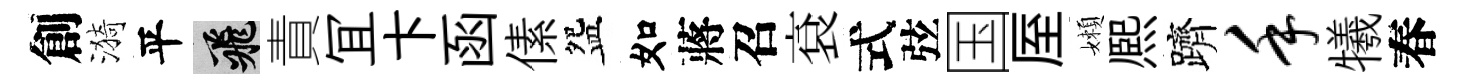
創漪平飛責冝卞函傃盌如蔣召袞式弦国厔嬾熈躋手犧春